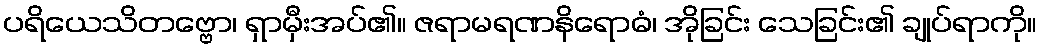
ပရိယေသိတဗ္ဗော၊ ရှာမှီးအပ်၏။ ဇရာမရဏနိရောဓံ၊ အိုခြင်း သေခြင်း၏ ချုပ်ရာကို။